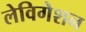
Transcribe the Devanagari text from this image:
लेविगेशन